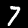
Label: 7